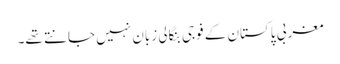
مغربی پاکستان کے فوجی بنگالی زبان نہیں جانتے تھے۔